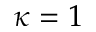
\kappa = 1